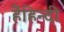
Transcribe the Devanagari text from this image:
हैंहिन्दी